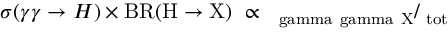
\sigma ( \gamma \gamma \rightarrow H ) \times \mathrm { { B R } ( H \rightarrow X ) \ \propto \Gamma _ { \ g a m m a \ g a m m a } \Gamma _ { X } / \Gamma _ { \mathrm { t o t } } }